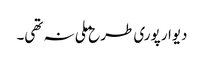
دیوار پوری طرح ملی نہ تھی۔